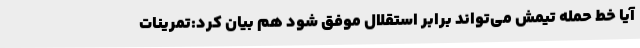
آیا خط حمله تیمش می‌تواند برابر استقلال موفق شود هم بیان کرد:تمرینات